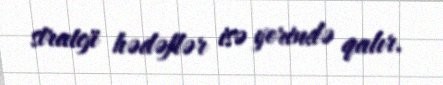
strateji hədəflər isə yerində qalır.